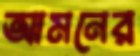
আমনের